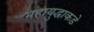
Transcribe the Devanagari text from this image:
महायुद्धाकडे